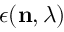
\boldsymbol { \epsilon } ( \mathbf { n } , \lambda )